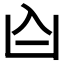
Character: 𪞶